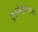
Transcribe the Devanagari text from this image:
दुग्धोत्पादनाचे